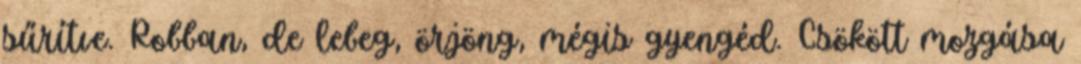
sűrítve. Robban, de lebeg, örjöng, mégis gyengéd. Csökött mozgása